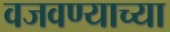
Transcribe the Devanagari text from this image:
वजवण्याच्या